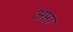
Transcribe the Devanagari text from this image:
अप्ता